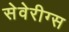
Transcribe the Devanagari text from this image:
सेवेरीग्स